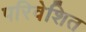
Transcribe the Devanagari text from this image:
परिवेशित